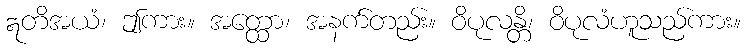
ဣတိအယံ၊ ဤကား။ အတ္ထော၊ အနက်တည်း။ ဝိပုလန္တိ၊ ဝိပုလံဟူသည်ကား။